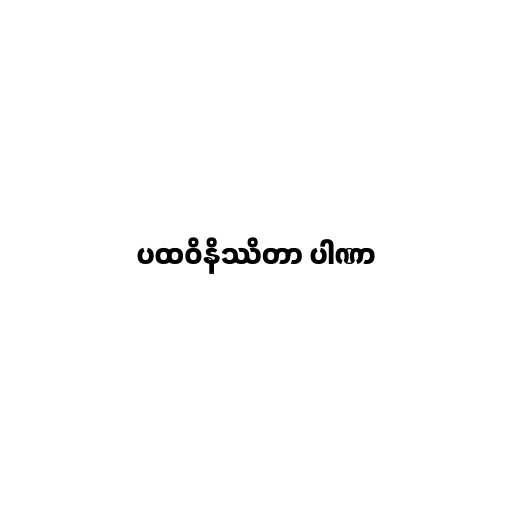
ပထဝိနိဿိတာ ပါဏာ